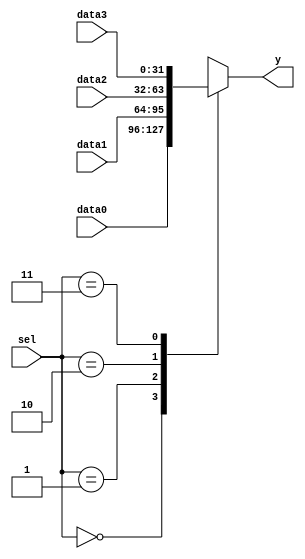
module FOUR_TO_ONE_MUX_32BIT(
    input [31:0] data0, // Input 0
    input [31:0] data1, // Input 1
    input [31:0] data2, // Input 2
	 input [31:0] data3,
    input [1:0] sel, // Select lines (2 bits)
    output reg [31:0] y // Output
);

always @* begin
    case(sel)
        2'b00: y = data0;
        2'b01: y = data1;
        2'b10: y = data2;
		  2'b11: y = data3;
    endcase
end

endmodule